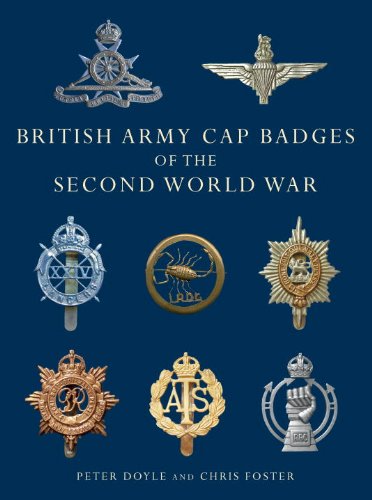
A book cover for British Army Cap Badges of the Second World War (Shire Collections); Peter Doyle; Crafts, Hobbies & Home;